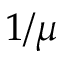
1 / \mu